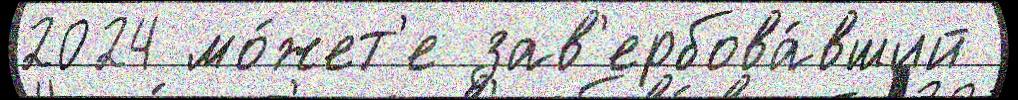
2024 мо́жет'е зав'ербова́вший